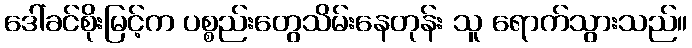
ဒေါ်ခင်စိုးမြင့်က ပစ္စည်းတွေသိမ်းနေတုန်း သူ ရောက်သွားသည်။